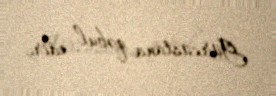
Gürcüstana qəbul edir.